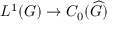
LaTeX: L ^ { 1 } ( G ) \to C _ { 0 } ( { \widehat { G } } )